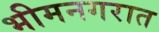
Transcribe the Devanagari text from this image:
भीमनगरात